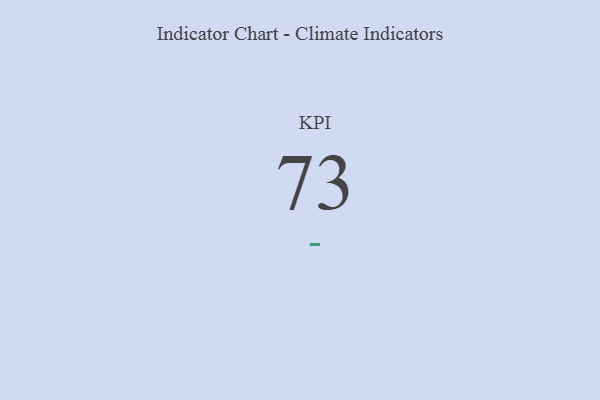
{"axis": {"x": "KPI", "y": "Value"}, "legend": [""], "data": [{"x": "KPI", "y": 73, "type": ""}]}